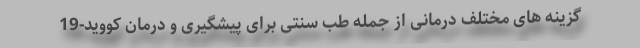
گزینه های مختلف درمانی از جمله طب سنتی برای پیشگیری و درمان کووید-19